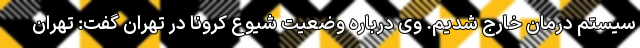
سیستم درمان خارج شدیم. وی درباره وضعیت شیوع کرونا در تهران گفت: تهران